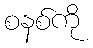
စနစ်ကို